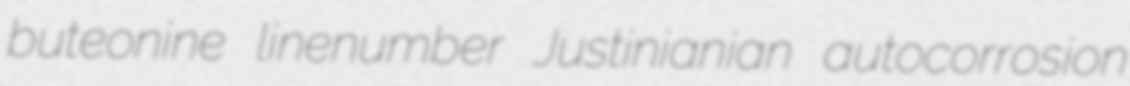
buteonine linenumber Justinianian autocorrosion